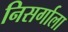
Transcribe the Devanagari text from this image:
निसर्गाला